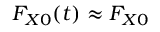
F _ { X 0 } ( t ) \approx F _ { X 0 }